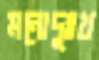
মনোদুঃখ